kultuurilooline_kollektsioon, lk 56
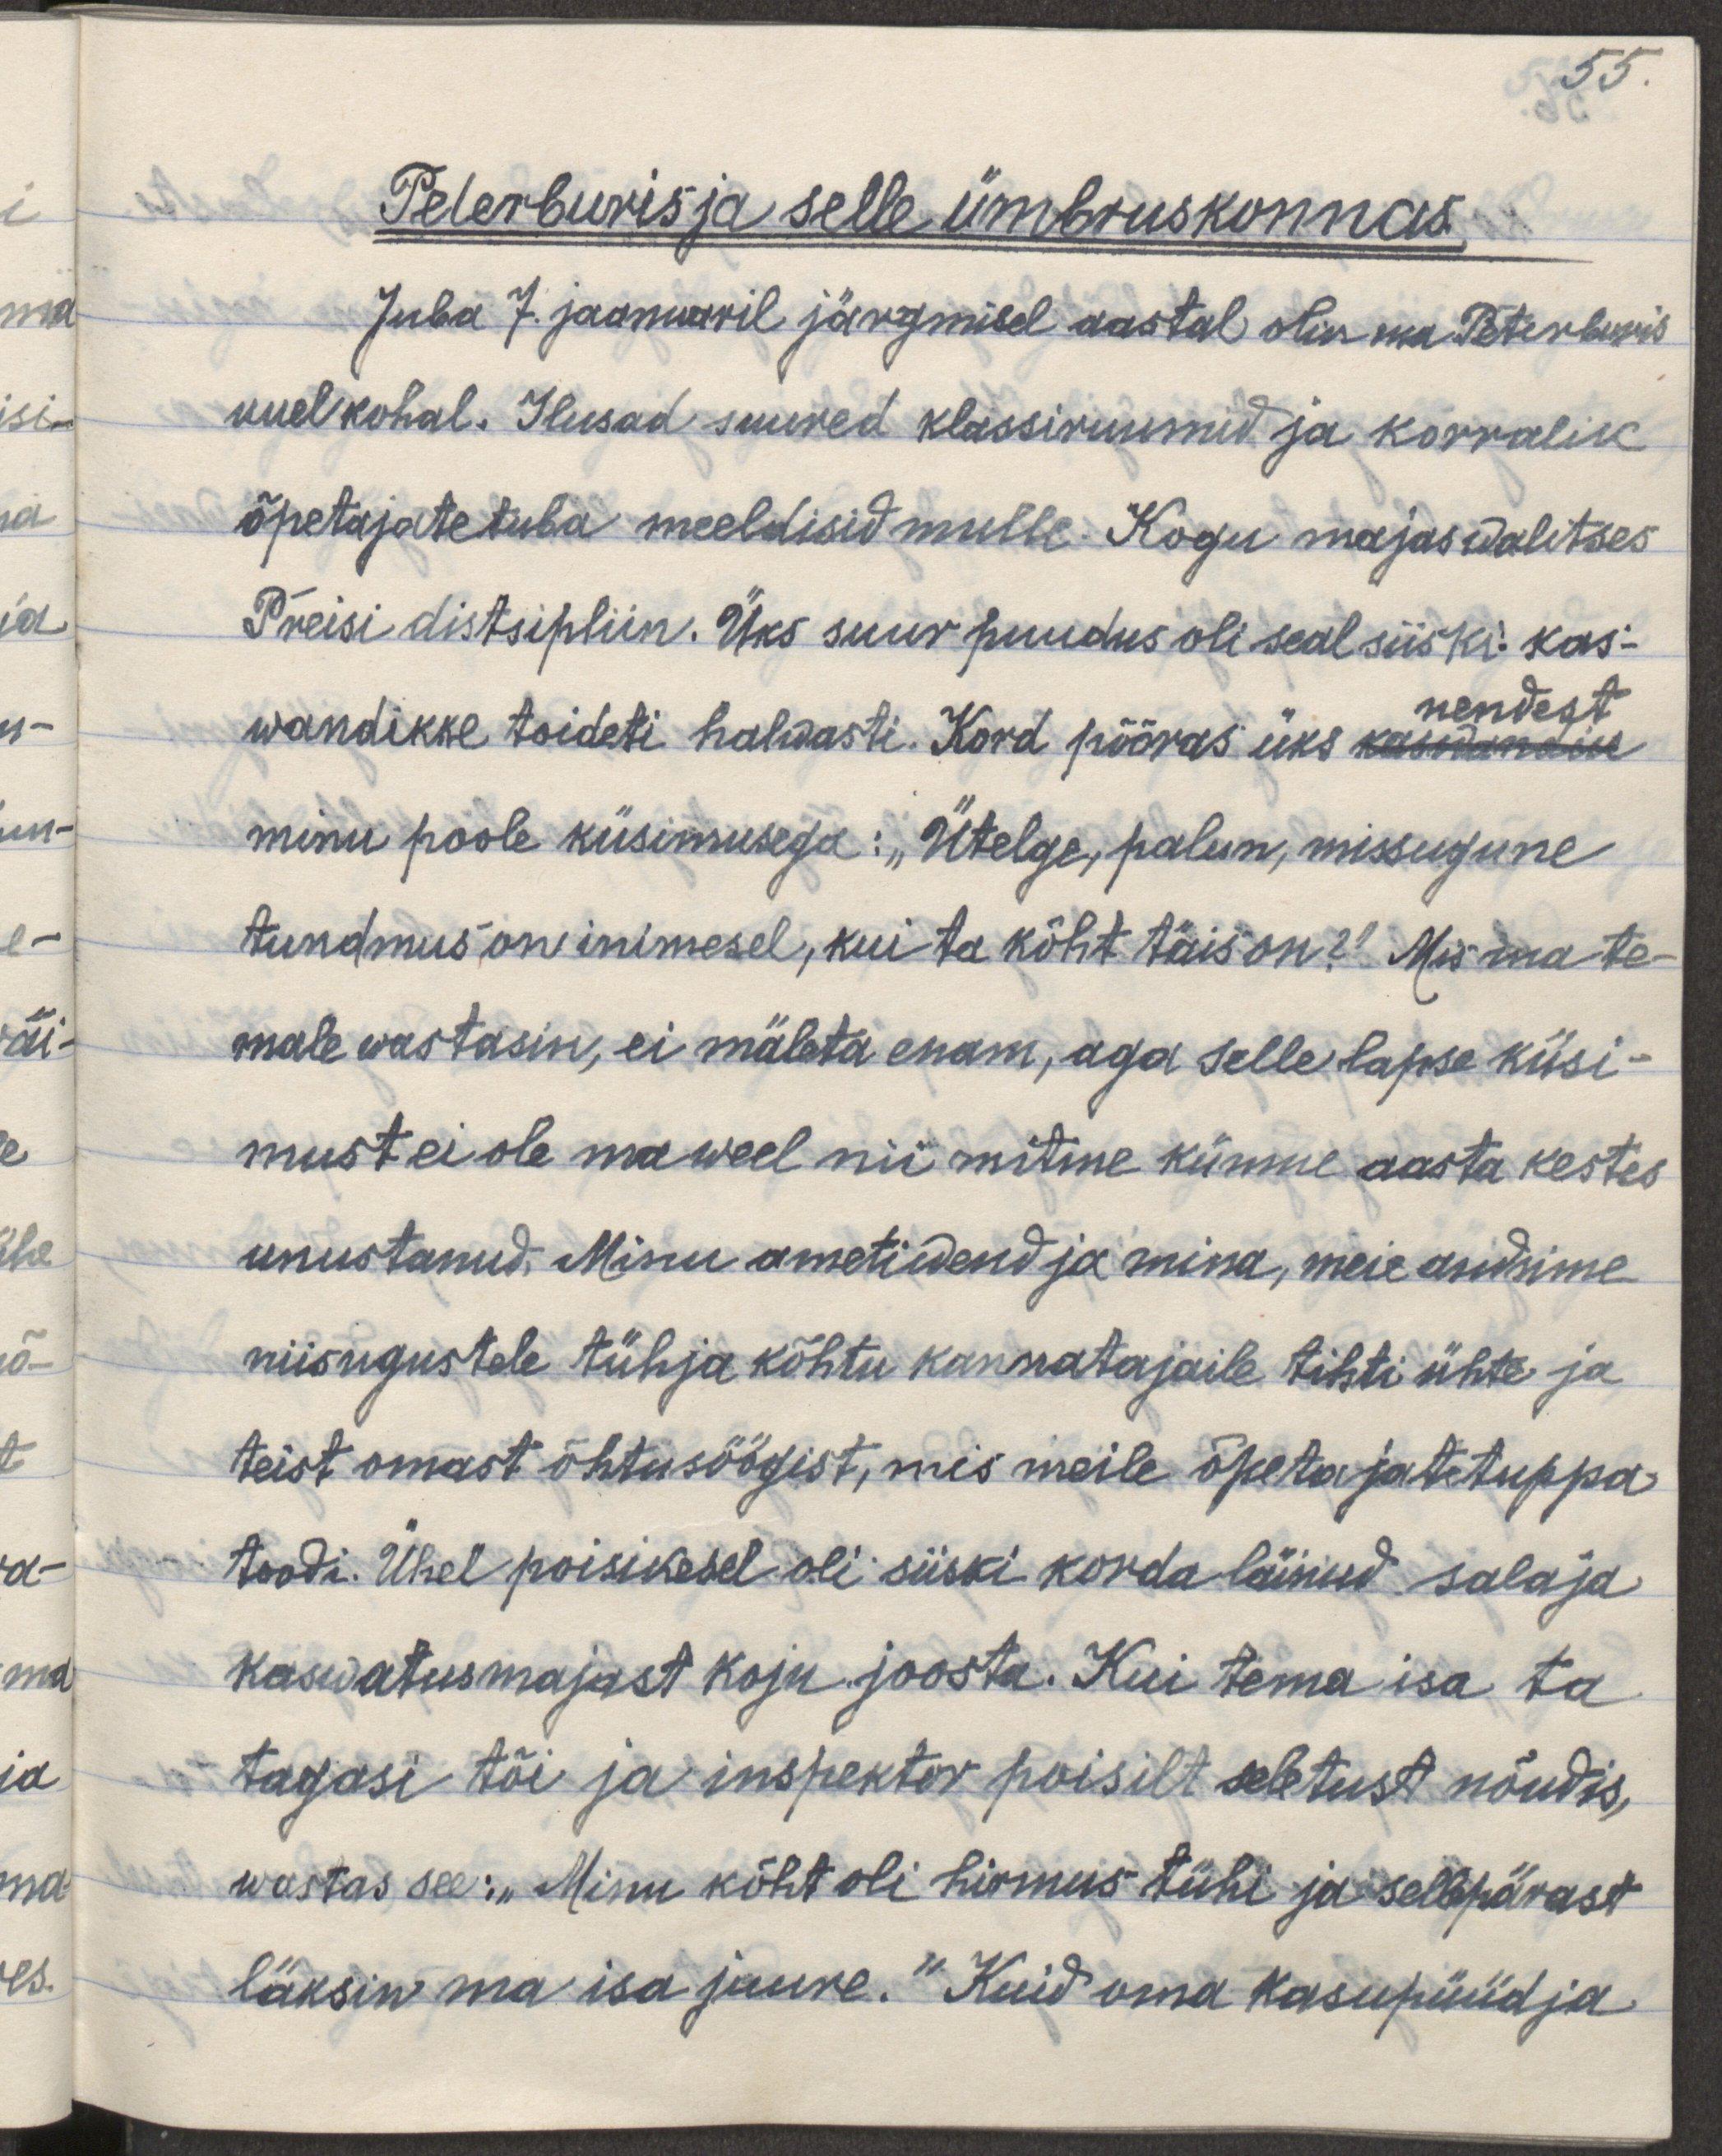
Peterburis ja selle ümbruskonnas.
Juba 7. jaanuaril järgmisel aastal olin ma Peterburis
uuel kohal. Ilusad suured klassiruumid ja korralik
õpetajatetuba meeldisid mulle. Kogu majas walitses
Preisi distsipliin. Üks suur puudus oli seal siiski: kas-
nendest
wandikke toideti halwasti. Kord pööras üks kaswandik
minu poole küsimusega: „Ütelge, palun, missugune
tundmus on inimesel, kui ta kõht täis on?" Mis ma te-
male wastasin, ei mäleta enam, aga selle lapse küsi-
must ei ole ma weel nii mitme kümne aasta kestes 
unustanud. Minu ametiwend ja mina, meie andsime
niisugustele tühja kõhtu kannatajaile tihti ühte ja 
teist omast õhtusöögist, mis meile õpetajatetuppa
toodi. Ühel poisikesel oli siiski korda läinud salaja
kaswatusmajast koju joosta. Kui tema isa ta
tagasi tõi ja inspektor poisilt seletust nõudis,
wastas see: „Minu kõht oli hirmus tühi ja sellepärast
läksin ma isa juure." Kuid oma kasupüüdja